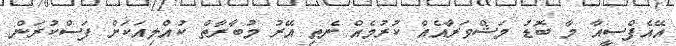
އޭއެފްސީއާ މާ ބޮޑު މަޝްވަރާއެއް ކުރުމެއް ނެތި އޭރު މުބާރާތް ކުއްލިއަކަށް ފަސްކުރަން